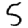
Digit: 5